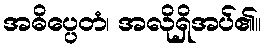
အဓိပ္ပေတံ၊ အလိုရှိအပ်၏။